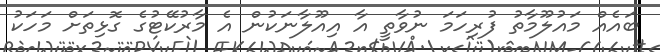
ބައެއް މައުލޫމާތު ފުރިހަމަ ނުވާތީ އާ އިއޫލާނަކުން އެ މާރުކޭޓުގެ ގޮޅިތަށް މަހަކު